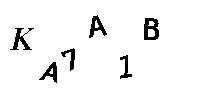
KA7A1B